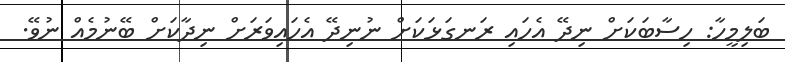
ބަލިމީހާ: ހިސާބަކަށް ނިދޭ އެހައި ރަނގަޅަކަށް ނުނިދޭ އެހައިވަރަށް ނިދާކަށް ބޭނުމެއް ނުވޭ.